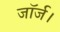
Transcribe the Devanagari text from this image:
जॉर्ज।